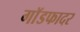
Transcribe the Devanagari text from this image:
गाॅडफादर